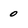
Character: 0